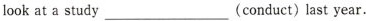
ookat a study___(conduct)last year.